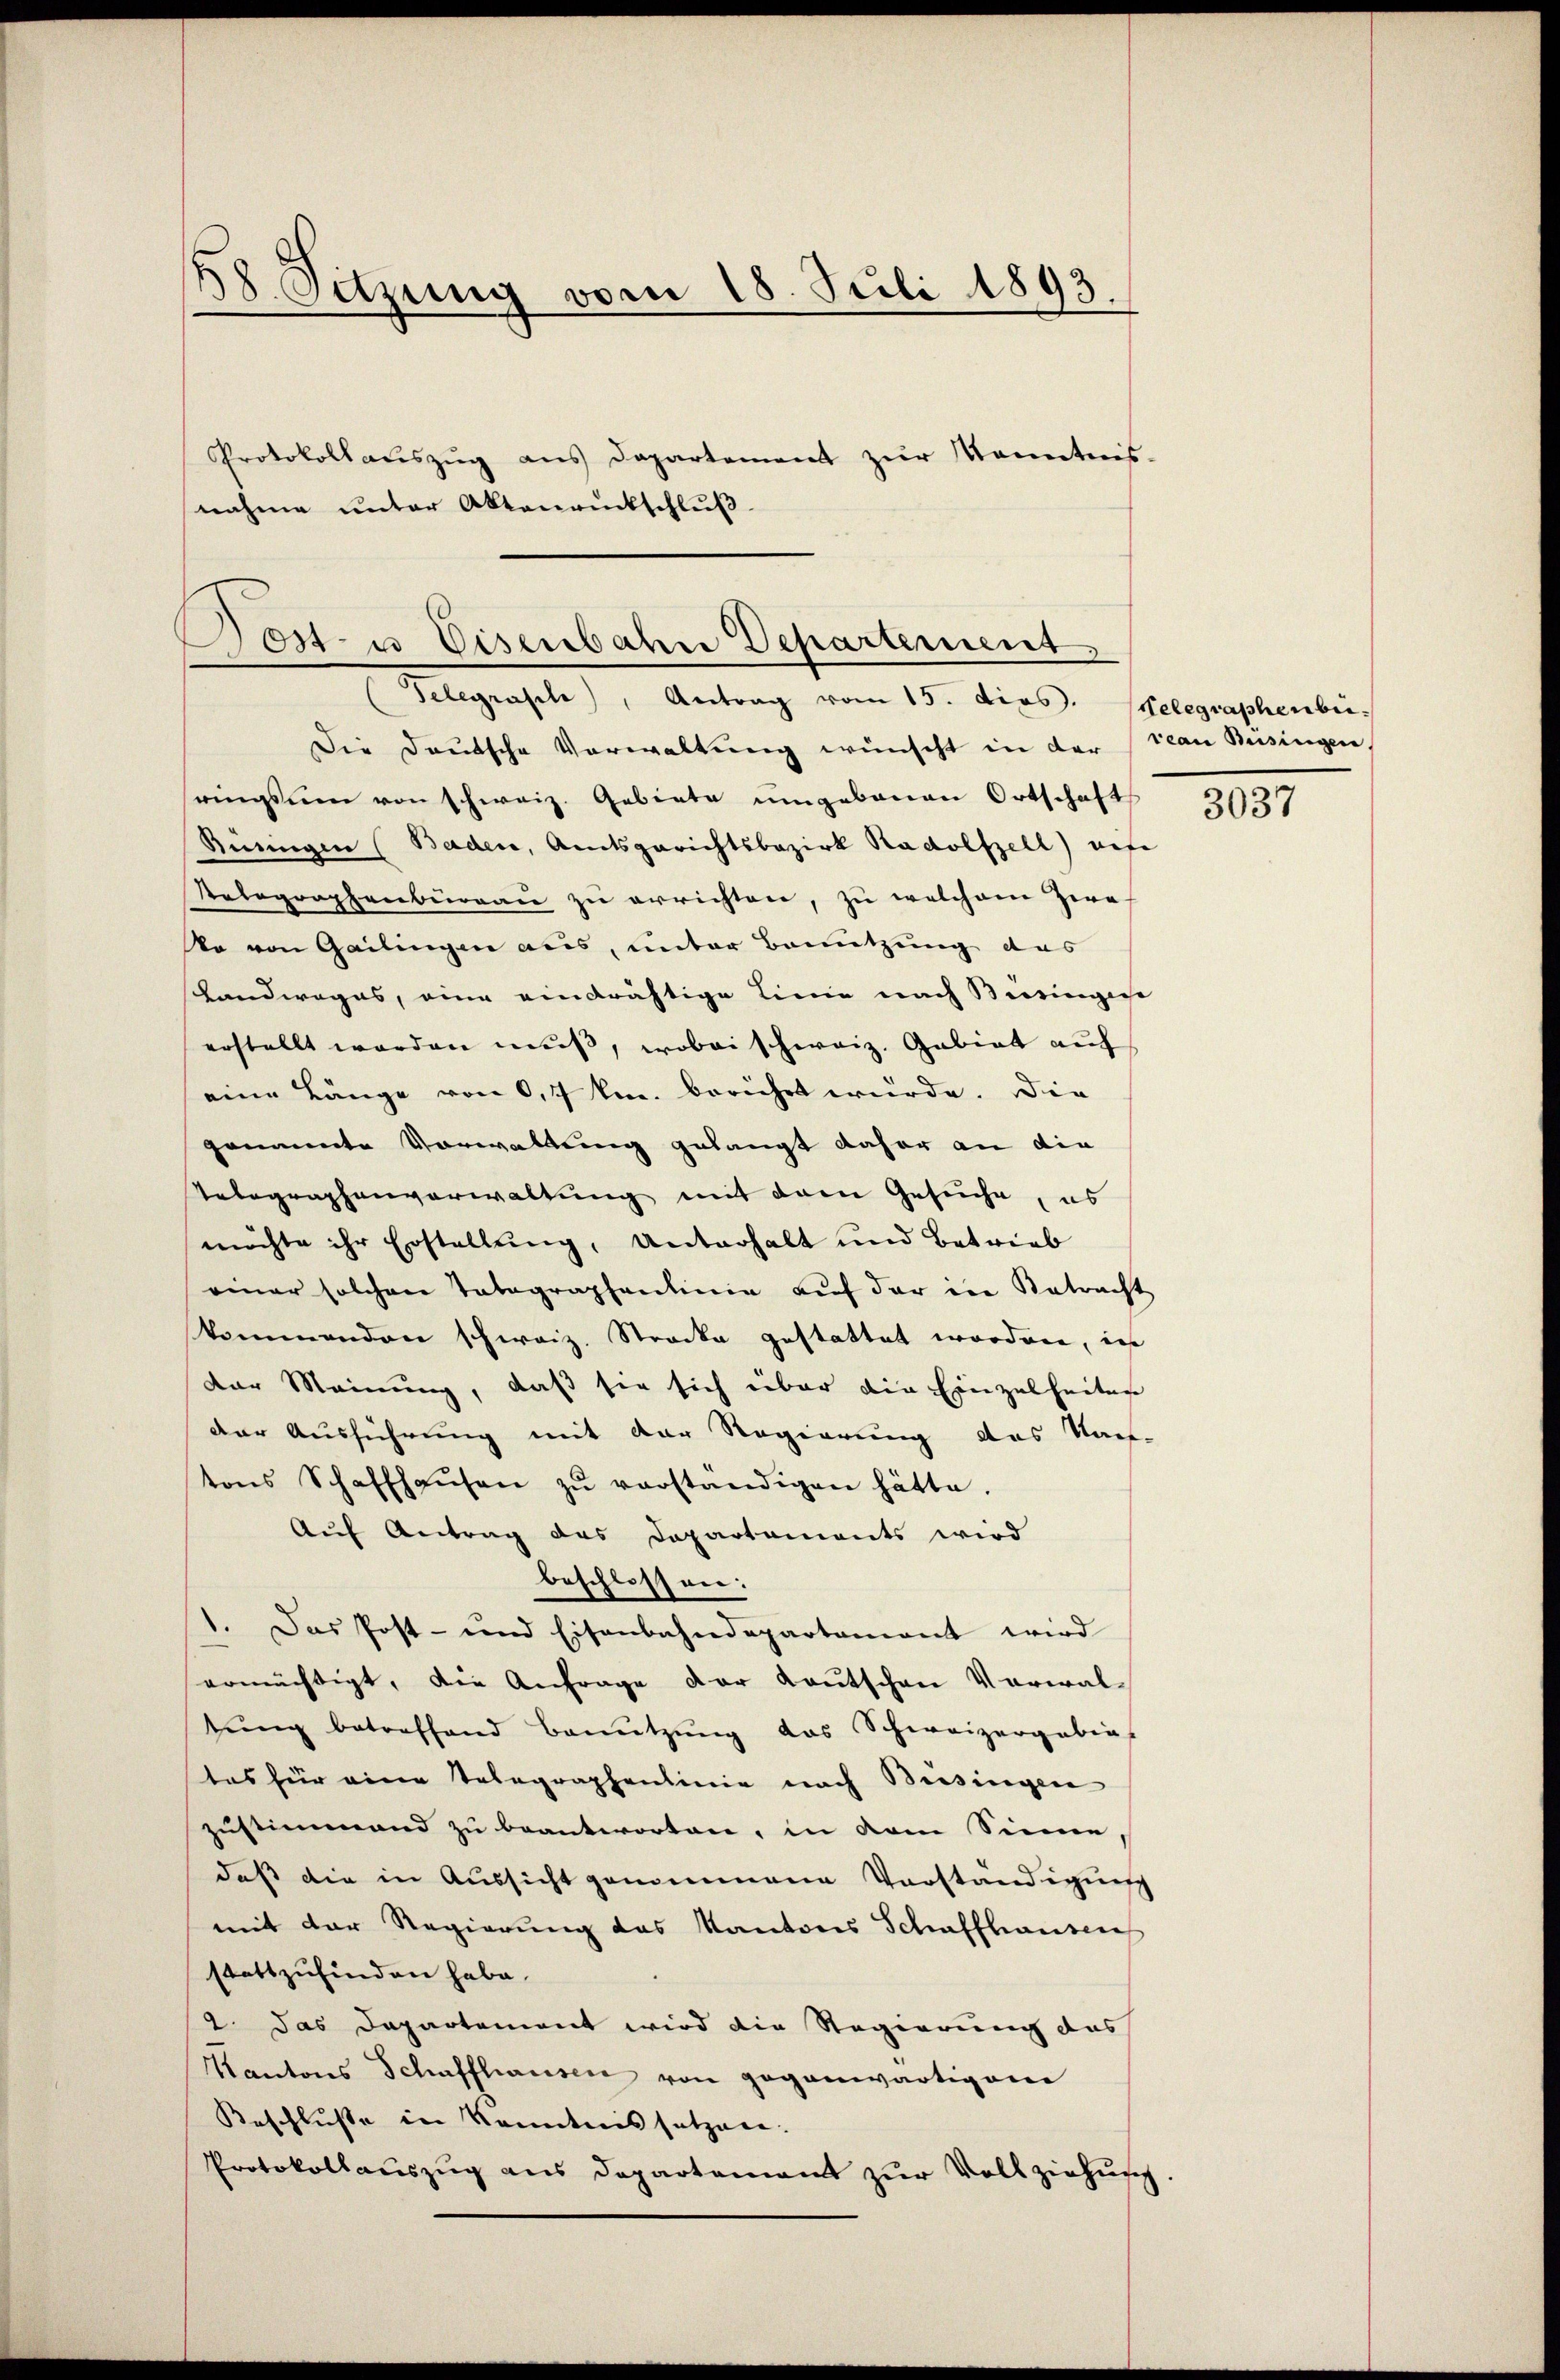
58. Sitzung vom 18. Juli 1893.

Protokollauszug aus Departement zur Kenntnis-
nahme unter Aktenrückschluß.

Post- u Eisenbahn Departement.
Telegrasch), Antrag vom 15. dies. Gelegraphenber

Die Deutsche Verwaltung wünscht in der (reau Busingen
ringsum von schweiz. Gebiete umgebauen Ortschafts
Ruungen (Baden, Amtsgerichtsbezirk Radolfzell) auf
Relegraphenburgau zu errichten, zu welchem Zwe
Wo von Gailingen aus, unter Benutzung des
Landweges, eine eindrächtige Linie nach Bieringege
erstellt worden muß, wobei schweiz. Gebiet auf
eine Länge von 0,7 km berührt wurde. Die
genannte Vorwaltung gelangt daher an die
Telegraphenverwaltung mit dem Gesuche, es
möchte ihr Erstellung, Unterhalt und Betrieb
einer solchen Tatographenlinie aŭf der in Betracht
kommenden schweiz. Strocke gestattet worden, in
der Meinung, daß sie sich über die Einzelheiten
der Ausführung mit der Regierung des Nach-
tons Schaffhaŭsen zŭ verständigen hätte.
Auf Antrag das Departaments wird
beschlossen:
1. Das Post- und Eisenbahndepartamant wird
ermächtigt, die Anfrage der Kautschen Verwaltŭng betreffend Benŭtzŭng das Schweizergabia
tas für eine Telegraphenlinie nach Besingen
zustimmend zu beantworten, in dem Sinne,
daß die in Aussicht genommene Vorständigung
mit der Regierung des Kantons Schaffhausen
stattzufinden habe.
2. das Departement wird die Regierung des
Kantons Schaffhausen von gegenwärtigem
Beschlusse in Kenntnis setzen.
Protokollauszug aus Departement zŭr Vollziehung.

3037